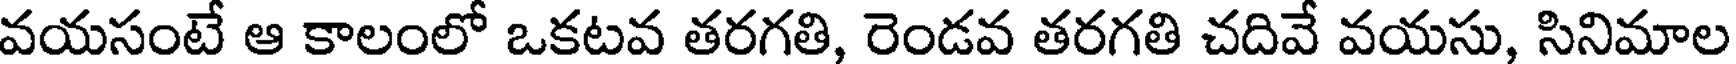
వయసంటే ఆ కాలంలో ఒకటవ తరగతి, రెండవ తరగతి చదివే వయసు, సినిమాల